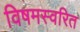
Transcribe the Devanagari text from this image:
विषमस्वरित